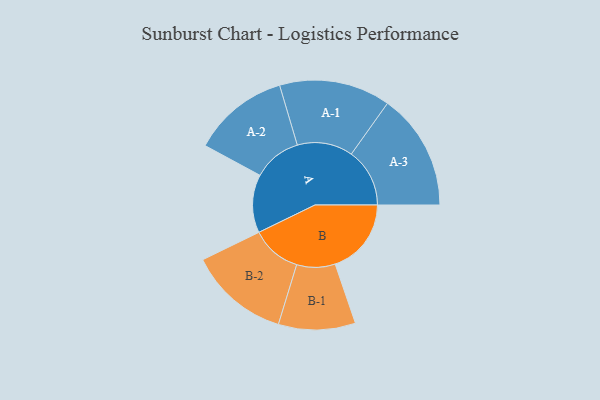
{"axis": {"x": "Segment", "y": "Value"}, "legend": ["", "A", "B"], "data": [{"x": "A", "y": 295, "type": ""}, {"x": "B", "y": 386, "type": ""}, {"x": "A-1", "y": 282, "type": "A"}, {"x": "A-2", "y": 245, "type": "A"}, {"x": "A-3", "y": 296, "type": "A"}, {"x": "B-1", "y": 195, "type": "B"}, {"x": "B-2", "y": 255, "type": "B"}]}